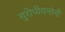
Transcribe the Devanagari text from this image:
युरोपीयनांनी